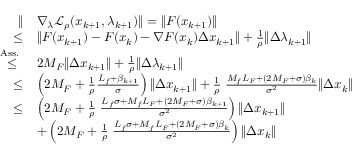
\begin{array} { r l } { \| } & { \nabla _ { \lambda } \mathcal { L } _ { \rho } ( x _ { k + 1 } , \lambda _ { k + 1 } ) \| = \| F ( x _ { k + 1 } ) \| } \\ { \leq } & { \| F ( x _ { k + 1 } ) - F ( x _ { k } ) - \nabla F ( x _ { k } ) \Delta x _ { k + 1 } \| + \frac { 1 } { \rho } \| \Delta \lambda _ { k + 1 } \| } \\ { { \overset { { \mathrm { A s s . ~ } } } { \leq } } } & { 2 M _ { F } \| \Delta x _ { k + 1 } \| + \frac { 1 } { \rho } \| \Delta \lambda _ { k + 1 } \| } \\ { { \overset { } { \leq } } } & { \left( 2 M _ { F } + \frac { 1 } { \rho } \frac { L _ { f } + \beta _ { k + 1 } } { \sigma } \right) \| \Delta x _ { k + 1 } \| + \frac { 1 } { \rho } \; \frac { M _ { f } L _ { F } + ( 2 M _ { F } + \sigma ) \beta _ { k } } { \sigma ^ { 2 } } \| \Delta x _ { k } \| } \\ { \leq } & { \left( 2 M _ { F } + \frac { 1 } { \rho } \; \frac { L _ { f } \sigma + M _ { f } L _ { F } + ( 2 M _ { F } + \sigma ) \beta _ { k + 1 } } { \sigma ^ { 2 } } \right) \| \Delta x _ { k + 1 } \| } \\ & { + \left( 2 M _ { F } + \frac { 1 } { \rho } \; \frac { L _ { f } \sigma + M _ { f } L _ { F } + ( 2 M _ { F } + \sigma ) \beta _ { k } } { \sigma ^ { 2 } } \right) \| \Delta x _ { k } \| } \end{array}